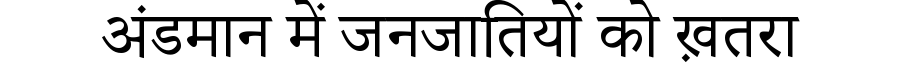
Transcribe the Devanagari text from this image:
अंडमान में जनजातियों को ख़तरा